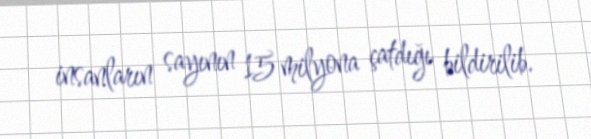
insanların sayının 15 milyona çatdığı bildirilib.